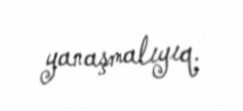
yanaşmalıyıq.